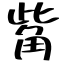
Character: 觜